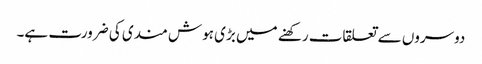
دوسروں سے تعلقات رکھنے میں بڑی ہوش مندی کی ضرورت ہے۔